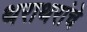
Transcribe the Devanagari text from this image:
थराथरांचे